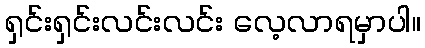
ရှင်းရှင်းလင်းလင်း လေ့လာရမှာပါ။